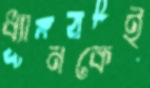
ধ্যানকেই